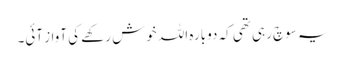
یہ سوچ رہی تھی کہ دوبارہ اللہ خوش رکھے کی آواز آئی۔